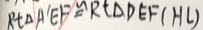
R t \Delta A ^ { \prime } E F \cong R t \Delta D E F ( H L )